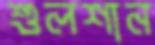
শুলশান